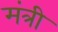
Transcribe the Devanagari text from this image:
मंत्री